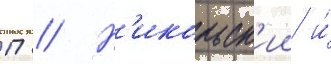
П // Н'икольск'ии и́